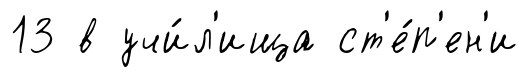
13 в учи́л'ища ст'е́п'ен'и